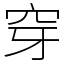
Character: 穿